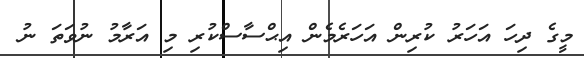
މީގެ ދިހަ އަހަރު ކުރިން އަހަރެމެން އިޙްސާސްކުރި މި އަރާމު ނުވަތަ ނު